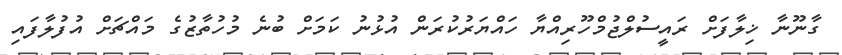
ގާނޫނާ ޚިލާފަށް ރައީސުލްޖުމްހޫރިއްޔާ ހައްޔަރުކުރަން އުޅުނު ކަމަށް ބުނެ މުހުތާޒުގެ މައްޗަށް އުފުލާފައި